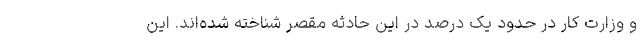
و وزارت کار در حدود یک درصد در این حادثه مقصر شناخته شده‌اند. این